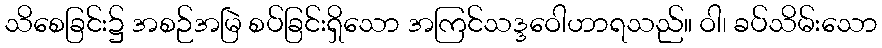
သိစေခြင်း၌ အစဉ်အမြဲ စပ်ခြင်းရှိသော အကြင်သဒ္ဒဝေါဟာရသည်။ ဝါ၊ ခပ်သိမ်းသော